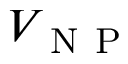
V _ { \mathrm { ~ N ~ P ~ } }